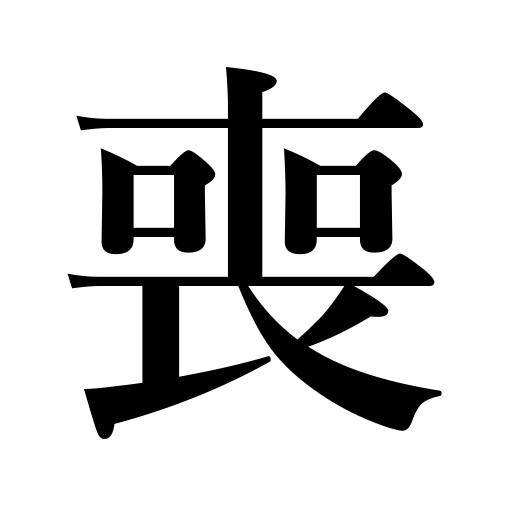
Meanings: mourning